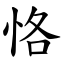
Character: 恪